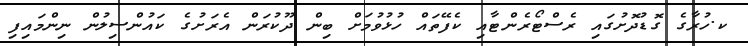
ކ.ހުރާގެ ގޮޑުދޮށުގައި ރެސްޓޯރެންޓާއި ކެފޭތައް ހުޅުވުމަށް ބިން ދޫކުރަން އެރަށުގެ ކައުންސިލުން ނިންމައިފި